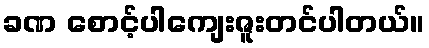
ခဏ စောင့်ပါကျေးဇူးတင်ပါတယ်။